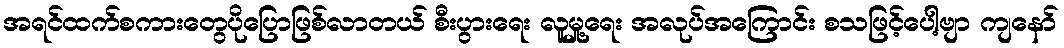
အရင်ထက်စကားတွေပိုပြောဖြစ်လာတယ် စီးပွားရေး လူမှု့ရေး အလုပ်အကြောင်း စသဖြင့်ပေါ့ဗျာ ကျနော်